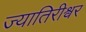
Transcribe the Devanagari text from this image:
ज्यातिरीश्वर